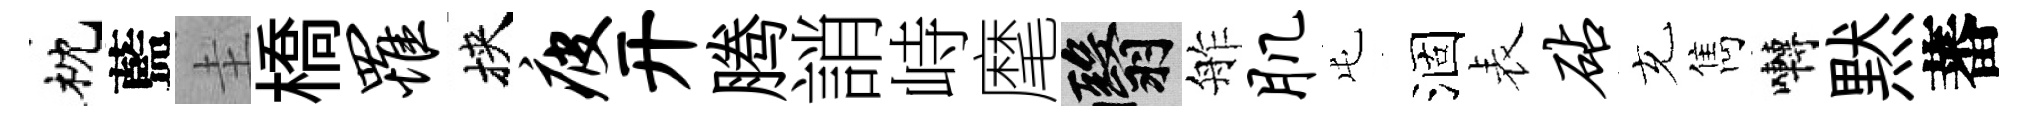
枕藍圭橋罹挾疲开腾誚峙麾翳舴肌屯涸表砧充雋囀黙蕃